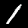
Label: 1